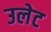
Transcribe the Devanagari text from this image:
उलेट